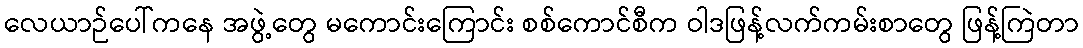
လေယာဉ်ပေါ်ကနေ အဖွဲ့တွေ မကောင်းကြောင်း စစ်ကောင်စီက ဝါဒဖြန့်လက်ကမ်းစာတွေ ဖြန့်ကြဲတာ